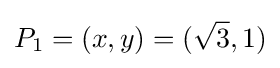
P_{1}=(x,y)=({\sqrt {3}},1)